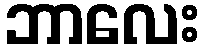
ဘာလေး